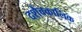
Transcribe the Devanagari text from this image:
दशैवकालिक